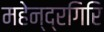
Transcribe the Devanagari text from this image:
महेन्द्रगिरि